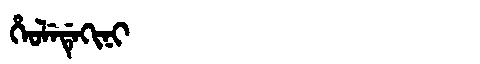
Manchu: ᡥᡝᠣᠯᡝᡩᡝᡴᡳᠨᡳ
Romanization: HEOLEDEKINI